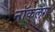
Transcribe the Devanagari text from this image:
नॉकलँग